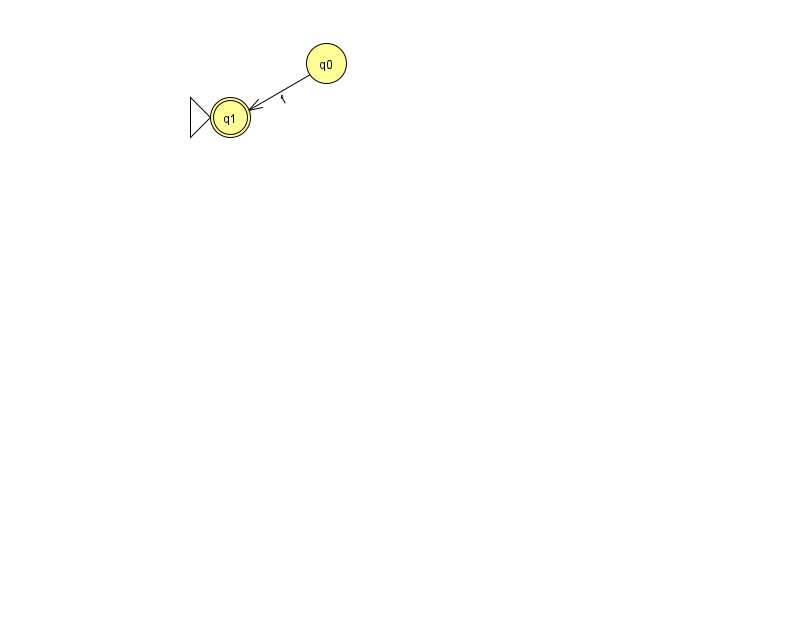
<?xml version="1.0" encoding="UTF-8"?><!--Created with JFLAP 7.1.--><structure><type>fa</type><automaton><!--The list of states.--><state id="0" name="q0"><x>326.0</x><y>50.0</y></state><state id="1" name="q1"><x>230.0</x><y>104.0</y><initial/><final/></state><!--The list of transitions.--><transition><from>0</from><to>1</to><read>f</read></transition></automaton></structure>